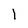
Character: l